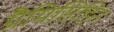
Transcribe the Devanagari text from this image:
ग्रैमिसिडिन